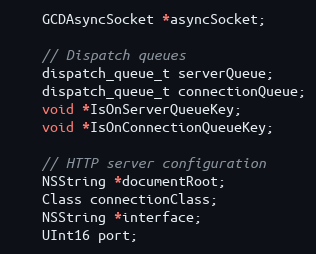
Language: C
    GCDAsyncSocket *asyncSocket;

    // Dispatch queues
    dispatch_queue_t serverQueue;
    dispatch_queue_t connectionQueue;
    void *IsOnServerQueueKey;
    void *IsOnConnectionQueueKey;

    // HTTP server configuration
    NSString *documentRoot;
    Class connectionClass;
    NSString *interface;
    UInt16 port;